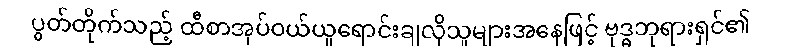
ပွတ်တိုက်သည့် ထီစာအုပ်ဝယ်ယူရောင်းချလိုသူများအနေဖြင့် ဗုဒ္ဓဘုရားရှင်၏